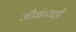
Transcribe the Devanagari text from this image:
जीवांच्याही